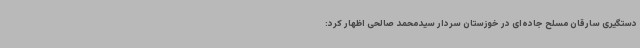
دستگیری سارقان مسلح جاده‌ای در خوزستان سردار سیدمحمد صالحی اظهار کرد: